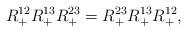
LaTeX: \begin{align*}R_+^{12} R_+^{13} R_+^{23} = R_+^{23} R_+^{13} R_+^{12}, \end{align*}